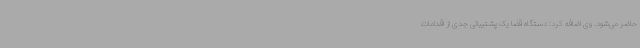
حاضر می‌شود. وی اضافه کرد: دستگاه قضا یک پشتیبانی جدی از اقدامات